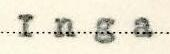
Inga